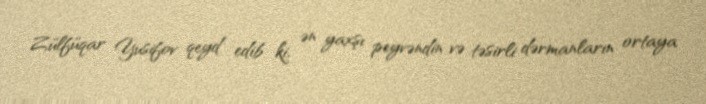
Zülfüqar Yusifov qeyd edib ki, ən yaxşı peyvəndin və təsirli dərmanların ortaya